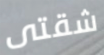
شقتى